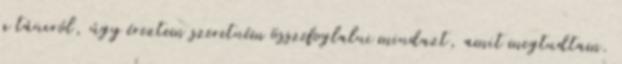
a táncról, úgy éreztem szeretném összefoglalni mindazt, amit megtudtam.